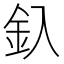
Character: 釞